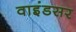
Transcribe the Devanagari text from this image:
वाइंडसर